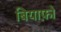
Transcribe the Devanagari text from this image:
बियाफ़ो